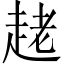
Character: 𧻩